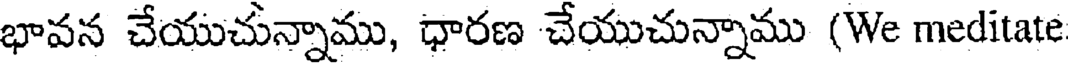
భావన చేయుచున్నాము, ధారణ చేయుచున్నాము (We meditate